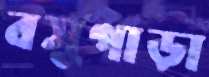
বসুপাড়া